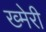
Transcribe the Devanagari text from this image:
ख्मेरी